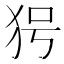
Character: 𤝐